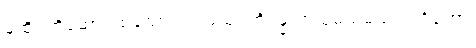
မထိုင်တို့ဆောင်ထသော။ ပရမသုရဘိဝန္ဓာတုသုမသမသလင်္ကတော၊